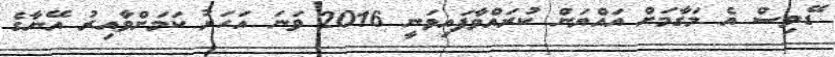
ޑޭވިސް އެ މަގާމަށް އައްޔަން ކުރައްވާފައިވަނީ 2016 ވަނަ އަހަރު ކަމަށްވާއިރު އޭނާގެ